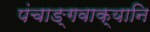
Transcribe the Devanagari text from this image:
पंचाङ्गवाक्यानि